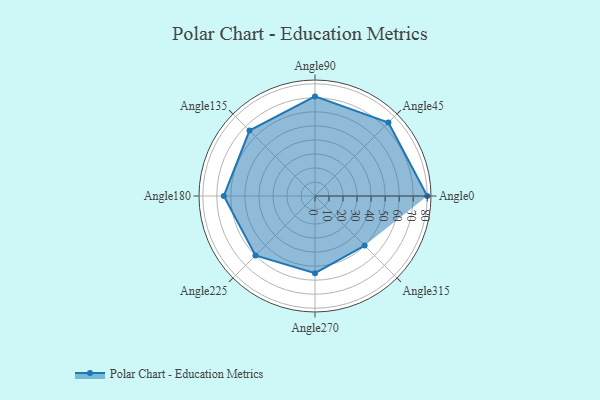
{"axis": {"x": "Angle", "y": "Radius"}, "legend": [""], "data": [{"x": "Angle0", "y": 80.0, "type": ""}, {"x": "Angle45", "y": 74.0, "type": ""}, {"x": "Angle90", "y": 71.0, "type": ""}, {"x": "Angle135", "y": 66.0, "type": ""}, {"x": "Angle180", "y": 65.0, "type": ""}, {"x": "Angle225", "y": 60.0, "type": ""}, {"x": "Angle270", "y": 55.0, "type": ""}, {"x": "Angle315", "y": 50, "type": ""}]}